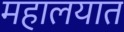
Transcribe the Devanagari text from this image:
महालयात